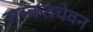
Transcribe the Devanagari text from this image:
सस्कतचेवन